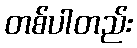
တစ်ပါတည်း